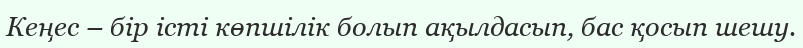
Кеңес – бір істі көпшілік болып ақылдасып, бас қосып шешу.